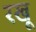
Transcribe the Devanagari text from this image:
रखू